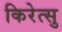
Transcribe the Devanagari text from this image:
किरेत्सु